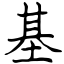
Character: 基